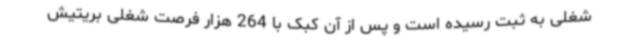
شغلی به ثبت رسیده است و پس از آن کبک با 264 هزار فرصت شغلی بریتیش